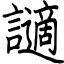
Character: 讁